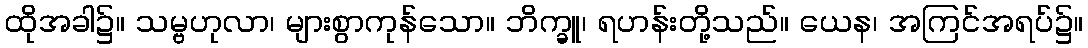
ထိုအခါ၌။ သမ္ဗဟုလာ၊ များစွာကုန်သော။ ဘိက္ခူ၊ ရဟန်းတို့သည်။ ယေန၊ အကြင်အရပ်၌။